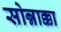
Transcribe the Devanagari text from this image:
सोन्नाक्का